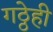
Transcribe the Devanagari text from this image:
गठ्ठेही